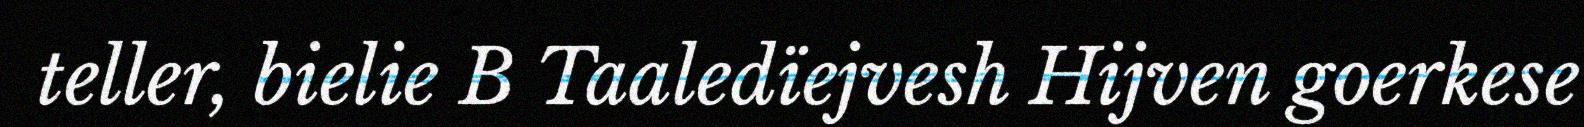
teller, bielie B Taaledïejvesh Hijven goerkese